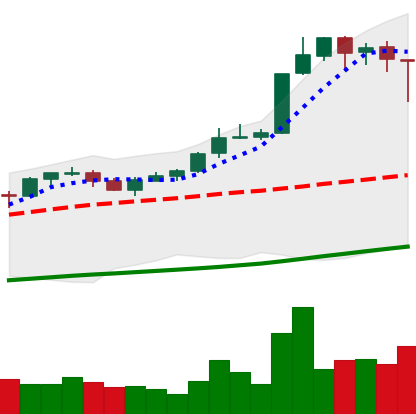
Ticker: BTC-USD
Chart end date: 2017-10-18
Forward return: 6.075%
Label: up_5_7